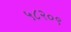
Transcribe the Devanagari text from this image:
५८२०९